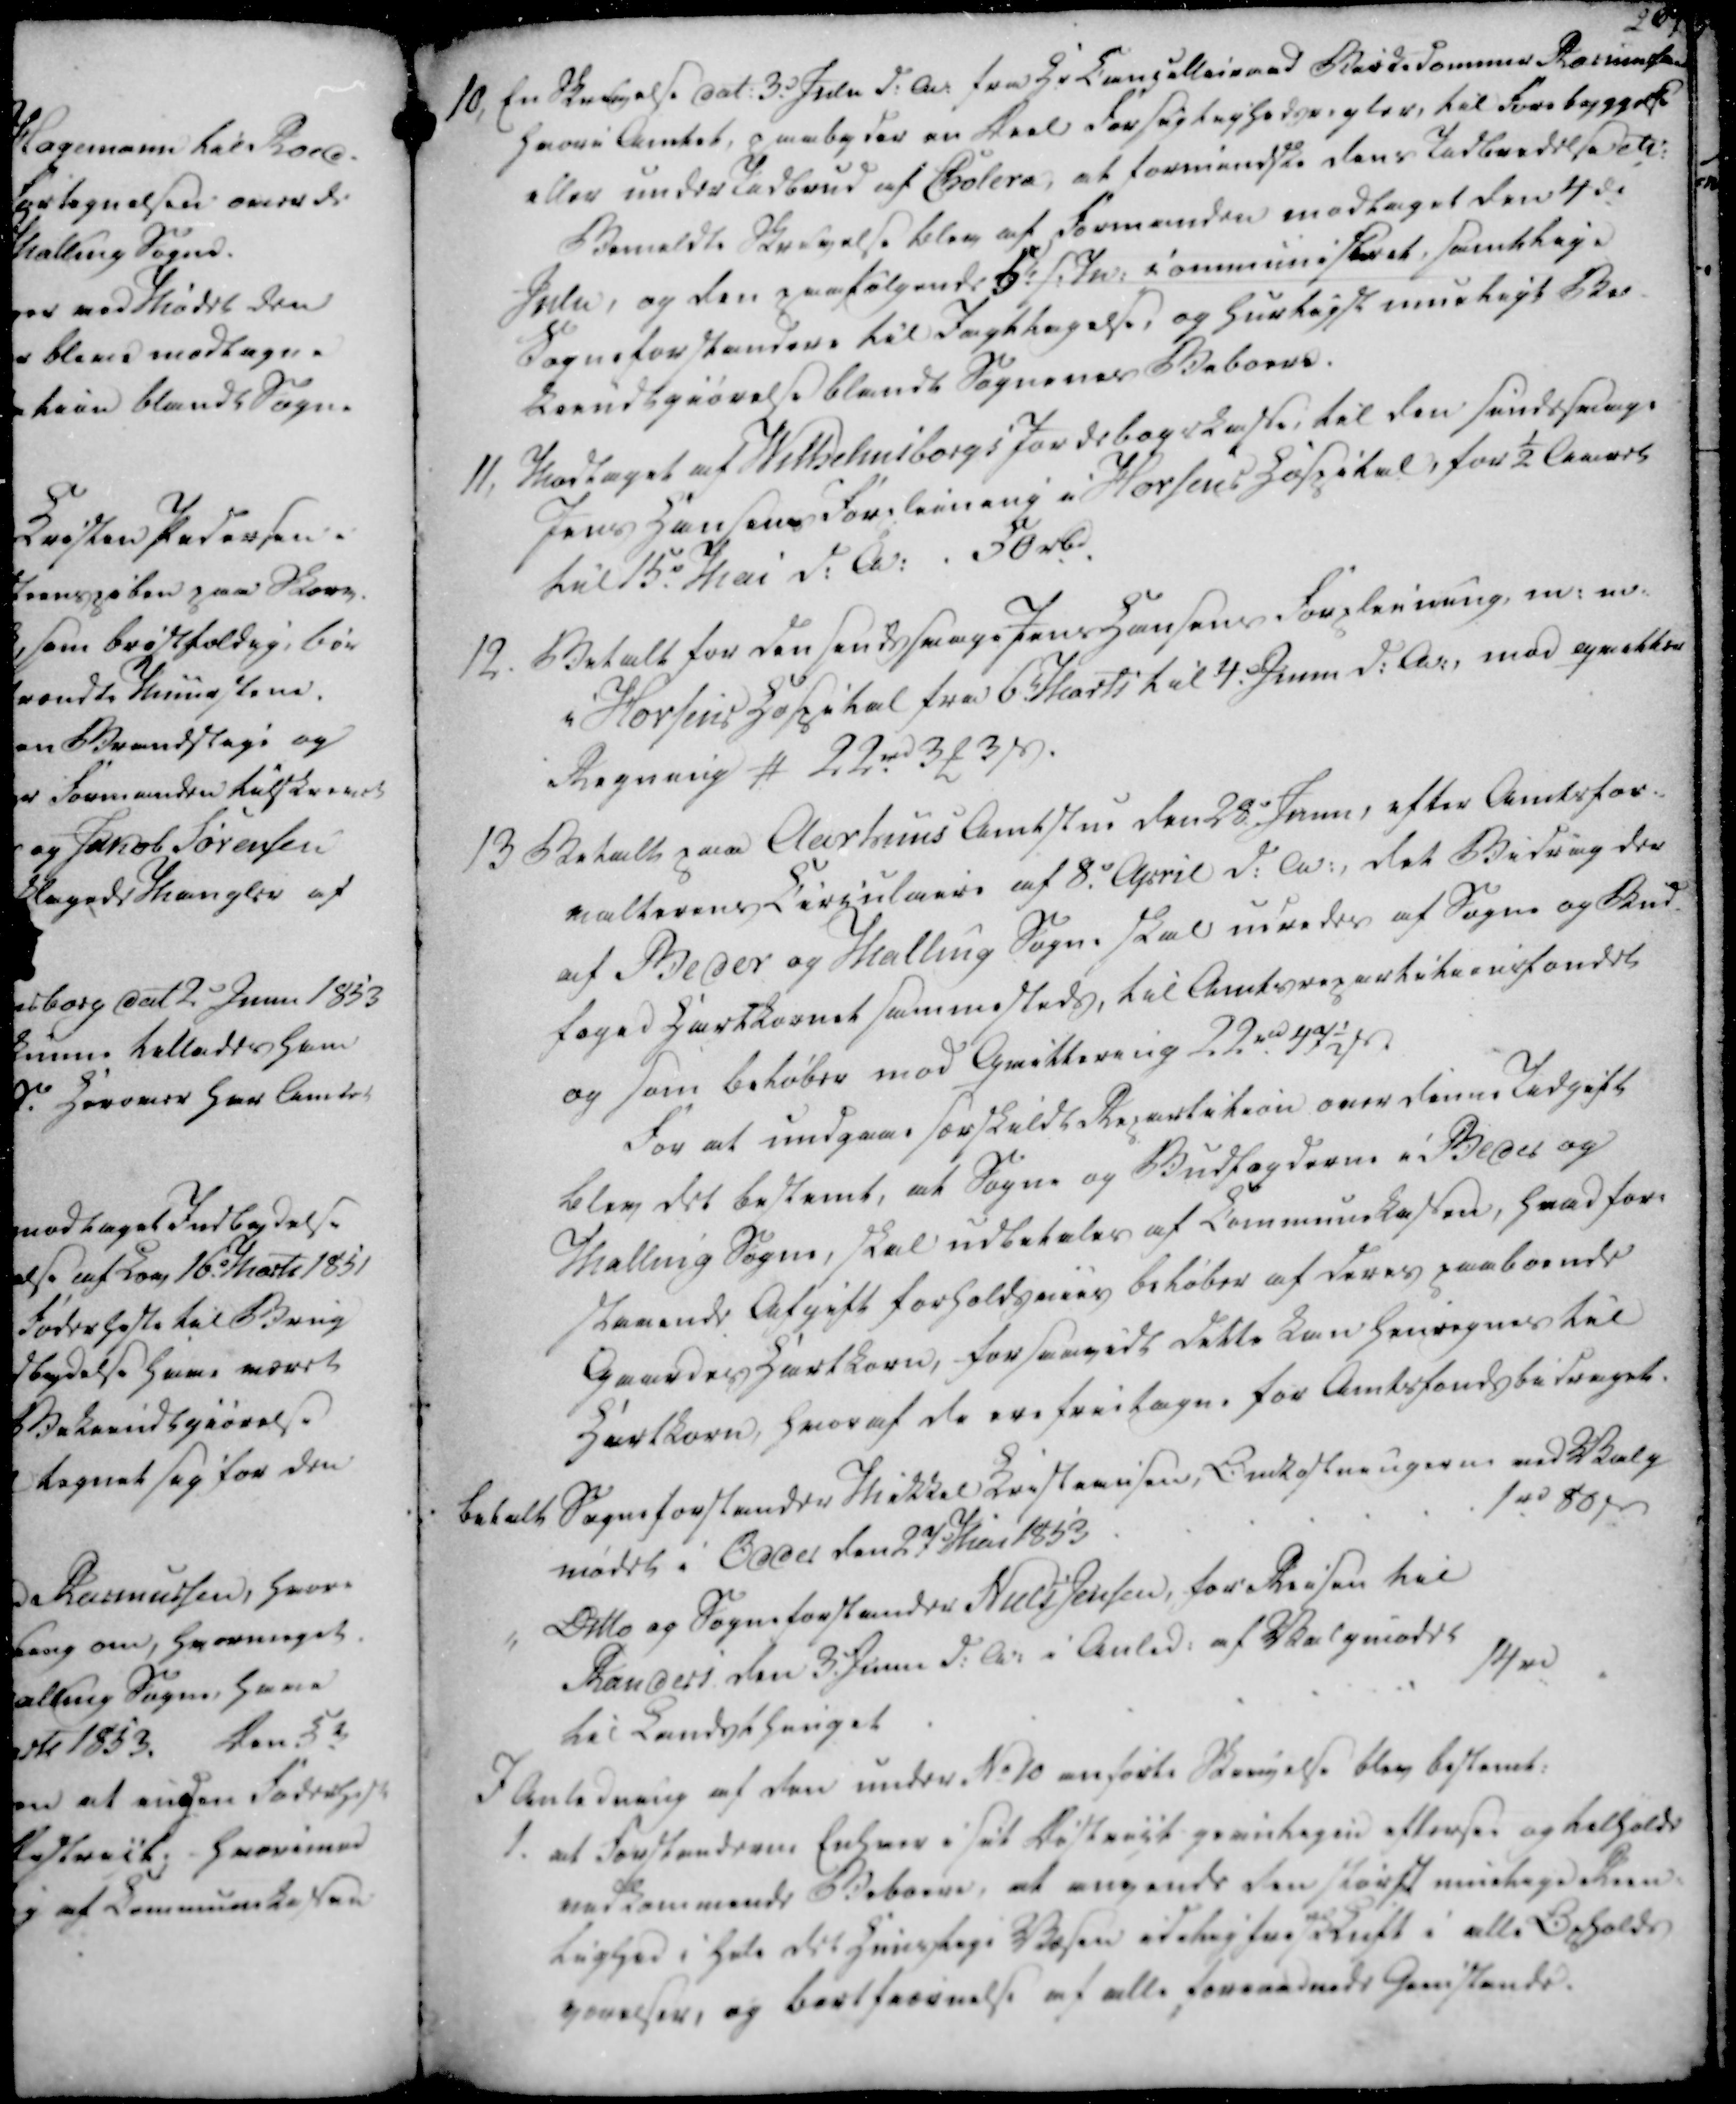
Transskription:
10, En Skrivelse dat. 3.d Julii d.A. fra Hr. Cancellieraad Birkedommer Rasmussen
hvori Amtet, paabyder en Deel Forsigtighedsregler, til Forebyggelse
eller under Udbrud af Cholera, at formindske dens Udbeedelse etc.
Bemeldte Skrivelse blev af Formanden modtaget den 4de
Julii, og den paafølgende 5te s.M. communisteret, samtlige
Sogneforstandere til Iagttagelse, og hurtigst mueligt Be-
kiendtgiørelse blandt Sognenes Beboere.
11, Modtaget af Wilhelmsborgs Jordebogskasse, til den sindssvage
Jens Hansens Forpleining i Horsens Hospital, for ½ Aaret
til 15d. Mai d.A.
50 rbd.
12. Betalt for den sindssvage Jens Hansens Forpleining, m. v.
i Horsens Hospital fra 6t. Marts til 4. Junii d.A., mod qvitter
Regning # 22 rd 3 ₻ 3 ẞ.

13 Betalt paa Aarhuus Amtstue den 28. Junii, efter Amtsfor-
valterens Circulaire af 8.d April d.A., det Bidrag der
af Beder og Malling Sogne skal udredes af Sogne og Bud-
foged Hartkornet sammesteds, til Amtsrepartitionsfondet
og som beløber mod Qvittering 22 rd 47½ ẞ
For at undgaae særskildt Repartition over denne Udgift
blev det bestemt, at Sogne og Budfogderne i Beder og
Malling Sogne, skal udbetales af Communekassen, hvad fore
staaende Afgift forholdsviis beløber af deres paaboende
Gaardes Hartkorn, for saavidt dette kan henregnes til
Hartkorn, hvoraf de ere frietagne for Amtsfondsbidraget.

betalt Sogneforstander Mikkel Kristiansen, Omkostningerne ved Valg
mødet i Odder den 27 Mai 1853
1 rd 80 ẞ
Ditto og Sogneforstander Niels Jensen, for Reisen til
Randers den 3. Junii d.A. i Anled. af Valgmødet
til Landsthinget
14 rd

I Anledning af den under No 10 anførte Skrivelse blev bestemt:
1. at Forstanderne Enhver i sit District givntagen eftersee og tilholde
vedkommende Beboere, at angande den størst muelige Reen-
lighed i hele det Huuslige Væsen idelig frisk Luft i alle Opholds
værelser, og bortfiernelse af alle forraadnede Gienstande.